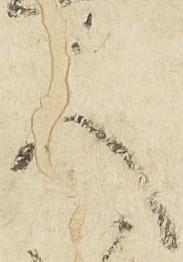
人